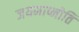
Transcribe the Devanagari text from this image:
जयमाप्नोति